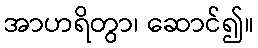
အာဟရိတွာ၊ ဆောင်၍။